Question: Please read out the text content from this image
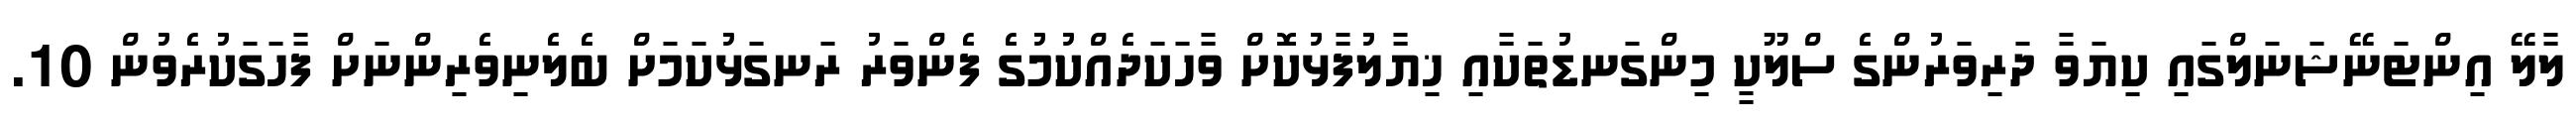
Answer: ލާލޭ އިންޓަނޭޝަނަލްގައި ކިޔަވާ ދަރިވަރުންގެ ސްލޫކީ މިންގަނޑުތަކާއި ޚިޔާލުފާޅުކޮށް ވާހަކަދެއްކުމުގެ ފެންވަރު ރަނގަޅުކަމަށް ބެލެނިވެރިންނަށް ފާހަގަކުރެވުން 10.